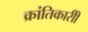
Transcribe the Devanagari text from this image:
क्रांतिकारीी